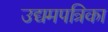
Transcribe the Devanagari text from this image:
उद्यमपत्रिका